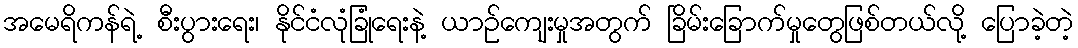
အမေရိကန်ရဲ့ စီးပွားရေး၊ နိုင်ငံလုံခြုံရေးနဲ့ ယာဉ်ကျေးမှုအတွက် ခြိမ်းခြောက်မှုတွေဖြစ်တယ်လို့ ပြောခဲ့တဲ့